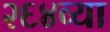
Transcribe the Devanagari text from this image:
२६४व्या